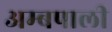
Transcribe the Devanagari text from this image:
अम्बपाली